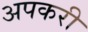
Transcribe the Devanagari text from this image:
अपकरी